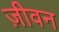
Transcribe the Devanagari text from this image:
ज़ीवन